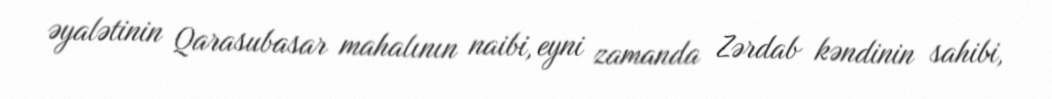
əyalətinin Qarasubasar mahalının naibi, eyni zamanda Zərdab kəndinin sahibi,